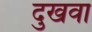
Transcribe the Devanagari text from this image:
दुखवा